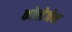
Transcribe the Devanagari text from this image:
कोलेजेन